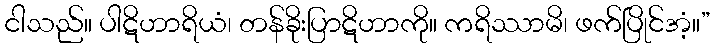
ငါသည်။ ပါဋိဟာရိယံ၊ တန်ခိုးပြာဋိဟာကို။ ကရိဿာမိ၊ ဖက်ပြိုင်အံ့။”